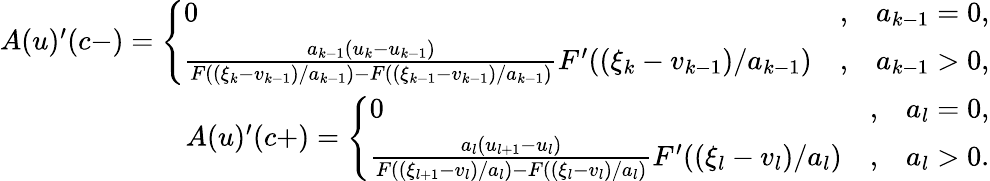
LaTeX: \begin{array}{r}{A(u)^{\prime}(c-)=\left\{ \begin{array}{lcr}{0}&{,}&{a_{k-1}=0,}\\ {\frac{a_{k-1}(u_{k}-u_{k-1})}{F((\xi_{k}-v_{k-1})/a_{k-1})-F((\xi_{k-1}-v_{k-1})/a_{k-1})}F^{\prime}((\xi_{k}-v_{k-1})/a_{k-1})}&{,}&{a_{k-1}>0,}\end{array}\right.}\\ {A(u)^{\prime}(c+)=\left\{ \begin{array}{lcr}{0}&{,}&{a_{l}=0,}\\ {\frac{a_{l}(u_{l+1}-u_{l})}{F((\xi_{l+1}-v_{l})/a_{l})-F((\xi_{l}-v_{l})/a_{l})}F^{\prime}((\xi_{l}-v_{l})/a_{l})}&{,}&{a_{l}>0.}\end{array}\right.}\end{array}